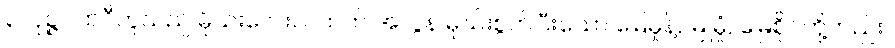
၃။ ပုဉ္ဇပထဝီဟူသည် မိုဃ်းလေးလထက် အလွန် မိုဃ်းစွတ်ပြီးသော မြေမှုန့်, မြူမှုံ, မြေစိုင်တို့တည်း။